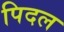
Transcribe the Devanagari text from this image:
पिदल